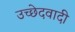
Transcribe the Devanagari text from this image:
उच्छेदवादी